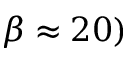
\beta \approx 2 0 )